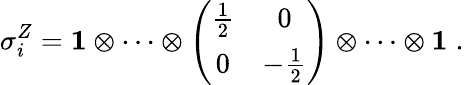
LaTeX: \sigma_{i}^{Z}={\mathbf 1}\otimes\cdots\otimes\left(\begin{array}{cc}{{\frac{1}{2}}}&{{0}}\\ {{0}}&{{-\frac{1}{2}}}\end{array}\right)\otimes\cdots\otimes{\mathbf 1}\; .